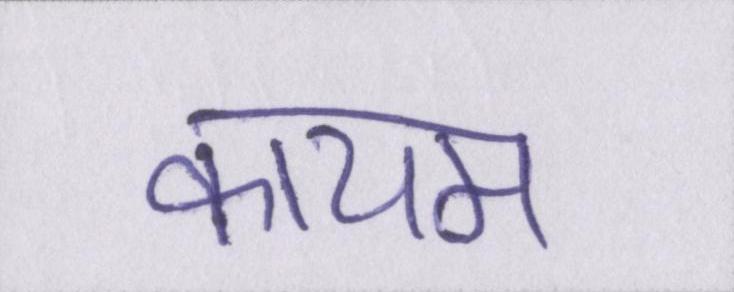
कायम